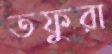
তফুরা